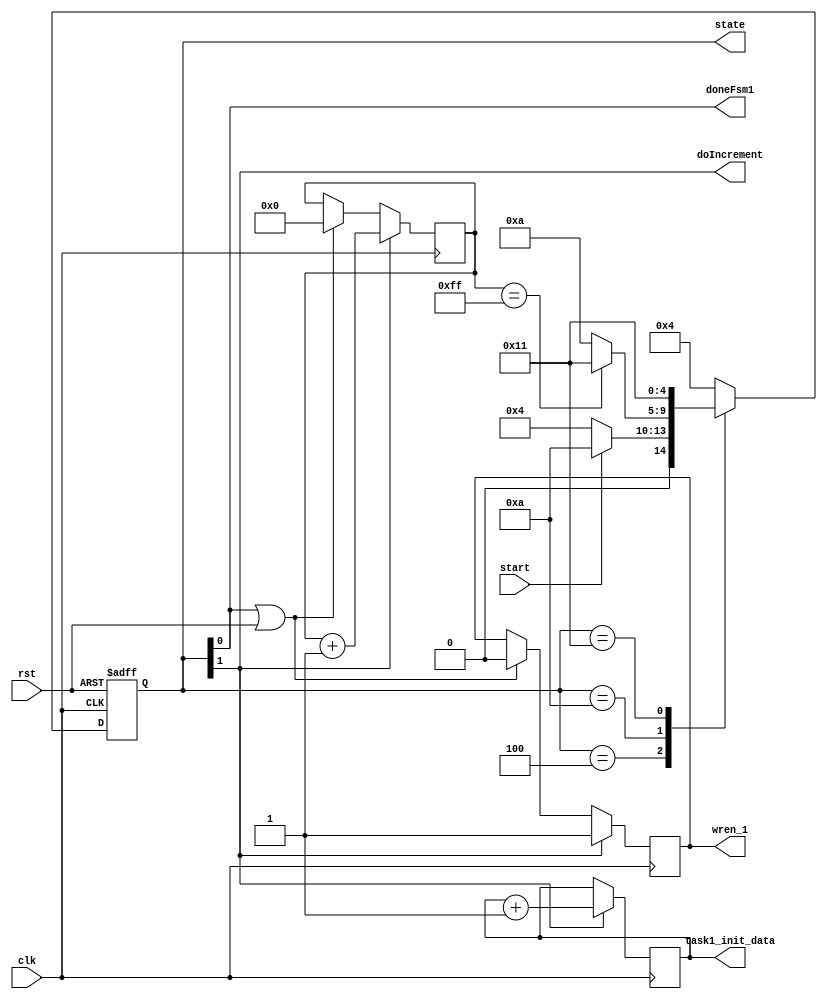
/* The following code for task 1*/

/* Transcribes the following code to HW
    // initialize s array. You will build this in Task 1
    for i = 0 to 255 {
    s[i] = i;
    }
*/
module task1_init_mem (
    clk,                         //input clk
    rst,                         //active high rst for debugging
    start,                       //start signal
    wren_1,
    task1_init_data,             //output data
    doIncrement,                 //signal to increment
    doneFsm1,                    //signal indicating done FSM
    state                        //state signal for debugging
);


output reg wren_1;
input clk, rst, start;
output [4:0] state;
reg [4:0] state;
output reg doIncrement;
output reg doneFsm1;
output [7:0] task1_init_data;
reg [7:0] task1_init_data;

    //index declaration
    reg [7:0] i = 8'd0;                 //index

    /* State Declarations*/
    parameter idle      = 5'b00_100;
    parameter increment = 5'b01_010;
    parameter done      = 5'b10_001;

    //State logic
    always @(posedge clk, posedge rst) begin
        if (rst) state <= idle;
        else begin
            case (state)
                idle:       if (start)            state <= increment;   //go to increment step when start signal high
                            else                  state <= idle;

                increment:  if (i == 8'd255)      state <= done;        //increment until i = 255
                            else                  state <= increment;

                done:                             state <= done;       
                default:                          state <= idle;
            endcase    
        end
    end

    //Output logic
    always @ (*) begin
        doneFsm1    =  state[0];
        doIncrement =  state[1];    
    end

    //Increment logic
    always @ (posedge clk) begin
        if (doIncrement)  begin
            task1_init_data <= task1_init_data + 1;
            wren_1 <= 1; 
            i <= i + 8'd1;                                  //might not need this
		end
        else if (doneFsm1| rst) begin
            wren_1 <= 0;
            i <= 8'd0;                                      //redundent
        end
    end
        

endmodule